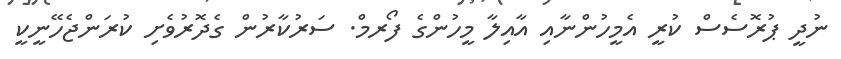
ނުދީ ޕުރޮސެސް ކުރީ އެމީހުންނާއި އާއިލާ މީހުންގެ ފޯރމް. ސަރުކާރުން ގެދޮރުވެށި ކުރަންޖެހޭނީކީ